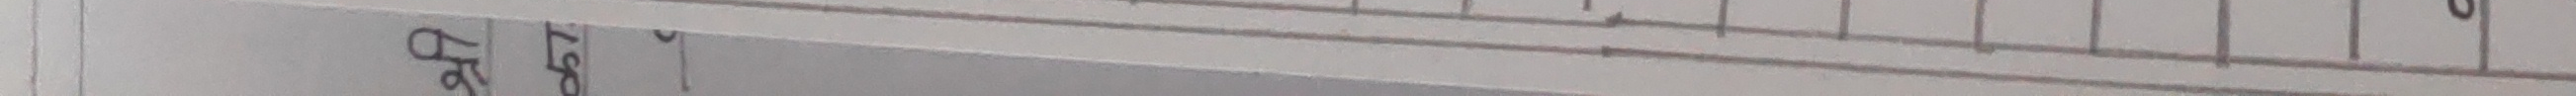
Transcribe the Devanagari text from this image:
५८